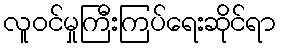
လူဝင်မှုကြီးကြပ်ရေးဆိုင်ရာ